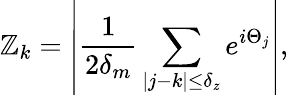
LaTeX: \mathbb{Z}_{k}=\left\vert\frac{{1}}{{2\delta_{m}}}\sum_{|j-k|\leq\delta_{z}}e^{i\Theta_{j}}\right\vert,